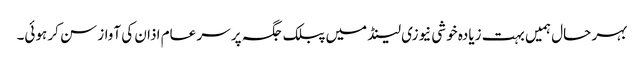
بہر حال ہمیں بہت زیادہ خوشی نیوزی لینڈ میں پبلک جگہ پر سر عام اذان کی آواز سن کر ہوئی۔